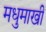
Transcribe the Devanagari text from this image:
मधुमाखी